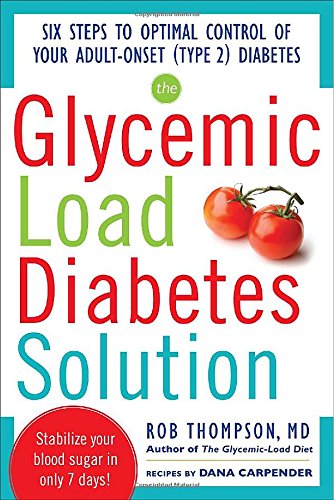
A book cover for The Glycemic Load Diabetes Solution: Six Steps to Optimal Control of Your Adult-Onset (Type 2) Diabetes; Rob Thompson; Cookbooks, Food & Wine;